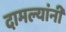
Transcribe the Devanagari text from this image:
दामल्यांनी